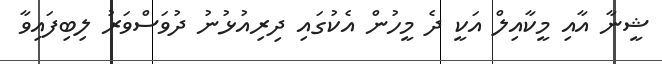
ޝީނާ އާއި މީކާއިލް އަކީ ދެ މީހުން އެކުގައި ދިރިއުޅުނު ދުވަސްވަރު ލިބިފައިވާ